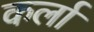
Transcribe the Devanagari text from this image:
कर्ला